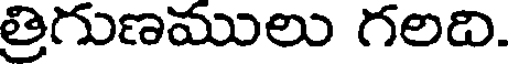
త్రిగుణములు గలది.